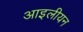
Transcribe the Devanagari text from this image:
आइलीयन